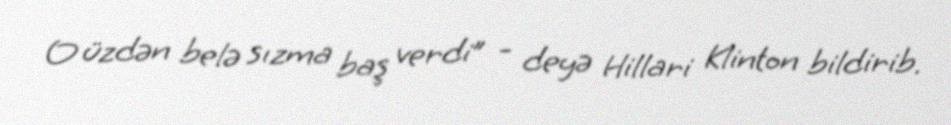
O üzdən belə sızma baş verdi” - deyə Hillari Klinton bildirib.